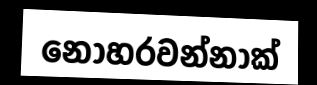
නොහරවන්නාක්